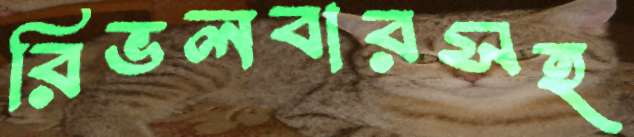
রিভলবারসহ